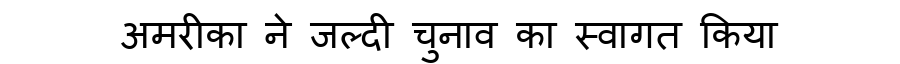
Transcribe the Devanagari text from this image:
अमरीका ने जल्दी चुनाव का स्वागत किया